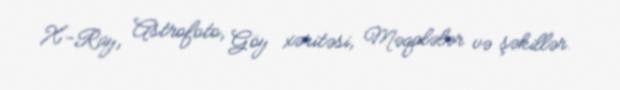
X-Ray, Astrofoto, Göy xəritəsi, Məqalələr və şəkillər.